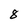
Character: 8